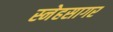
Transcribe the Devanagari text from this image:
स्नेहसागर